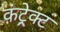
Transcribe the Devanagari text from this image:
कंट्रेक्ट